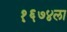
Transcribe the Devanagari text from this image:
१६७४ला